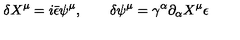
\delta X ^ { \mu } = i \bar { \epsilon } \psi ^ { \mu } , \qquad \delta \psi ^ { \mu } = \gamma ^ { \alpha } \partial _ { \alpha } X ^ { \mu } \epsilon